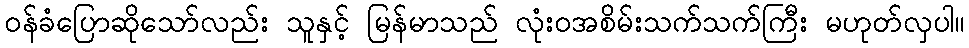
ဝန်ခံပြောဆိုသော်လည်း သူနှင့် မြန်မာသည် လုံးဝအစိမ်းသက်သက်ကြီး မဟုတ်လှပါ။